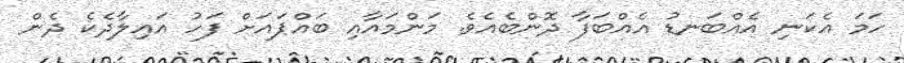
ހަމަ އެކަނި އެއްބަނޑު އެއްބަފާ ދޮންބެއެވެ. މަންމައާއި ބައްޕައަށް ފަހު އައިލާދެކެ ދެން